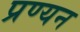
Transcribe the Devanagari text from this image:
प्रण्यन